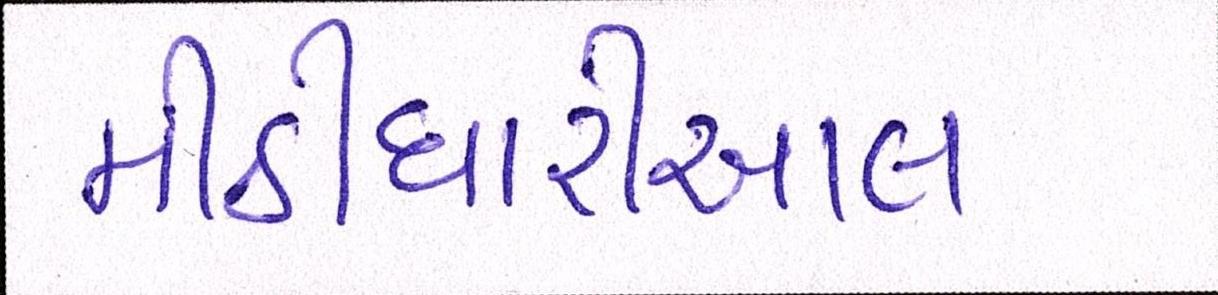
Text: મીઠીઘારીઆલ